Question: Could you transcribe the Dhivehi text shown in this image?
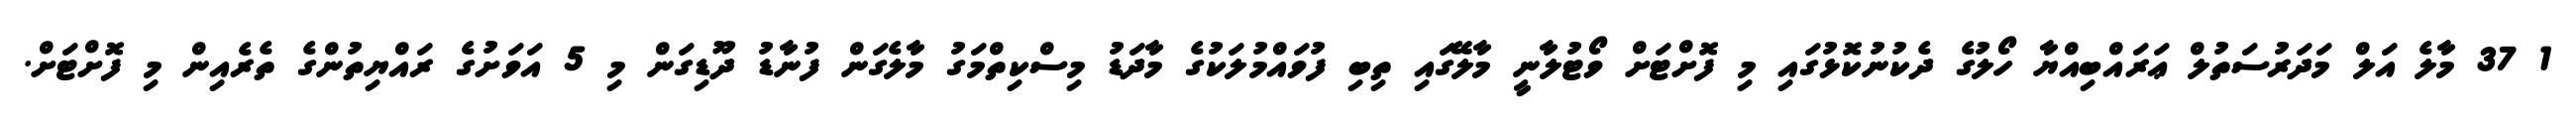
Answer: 1 37 މާލެ އަލް މަދަރުސަތުލް ޢަރައްބިއްޔާ ހޯލުގެ ދެކުނުކޮޅުގައި މި ފޮށްޓަށް ވޯޓުލާނީ މާލޭގައި ތިބި ފުވައްމުލަކުގެ މާދަޑު މިސްކިތްމަގު މާލެގަން ފުނާޑު ދޫޑިގަން މި 5 އަވަށުގެ ރައްޔިތުންގެ ތެރެއިން މި ފޮށްޓަށް.